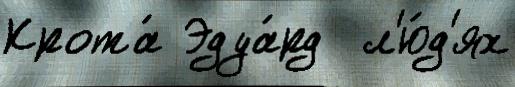
Крота́ Эдуа́рд  л'ю́д'ях